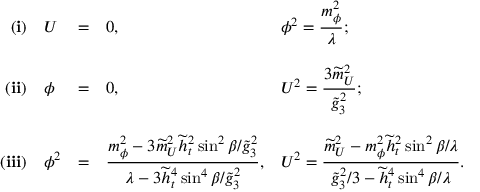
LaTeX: \begin{array} { r l l l l } { { { \bf ( i ) } } } & { { U } } & { { = } } & { { 0 , } } & { { { \displaystyle \phi ^ { 2 } = \frac { m _ { \phi } ^ { 2 } } { \lambda } ; } } } \\ { { } } & { { } } & { { } } & { { } } & { { } } \\ { { { \bf ( i i ) } } } & { { \phi } } & { { = } } & { { 0 , } } & { { { \displaystyle U ^ { 2 } = \frac { 3 \widetilde { m } _ { U } ^ { 2 } } { \widetilde { g } _ { 3 } ^ { 2 } } ; } } } \\ { { } } & { { } } & { { } } & { { } } & { { } } \\ { { { \bf ( i i i ) } } } & { { \phi ^ { 2 } } } & { { = } } & { { { \displaystyle \frac { m _ { \phi } ^ { 2 } - 3 \widetilde { m } _ { U } ^ { 2 } \widetilde { h } _ { t } ^ { 2 } \sin ^ { 2 } \beta / \widetilde { g } _ { 3 } ^ { 2 } } { \lambda - 3 \widetilde { h } _ { t } ^ { 4 } \sin ^ { 4 } \beta / \widetilde { g } _ { 3 } ^ { 2 } } , } } } & { { { \displaystyle U ^ { 2 } = \frac { \widetilde { m } _ { U } ^ { 2 } - m _ { \phi } ^ { 2 } \widetilde { h } _ { t } ^ { 2 } \sin ^ { 2 } \beta / \lambda } { \widetilde { g } _ { 3 } ^ { 2 } / 3 - \widetilde { h } _ { t } ^ { 4 } \sin ^ { 4 } \beta / \lambda } . } } } \end{array}